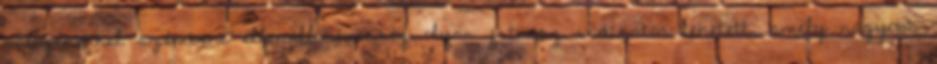
patogénekkel szembeni ellenállóképesség olyan ﬁtnesz indikátor lehetett, amely nagyobb